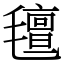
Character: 氊